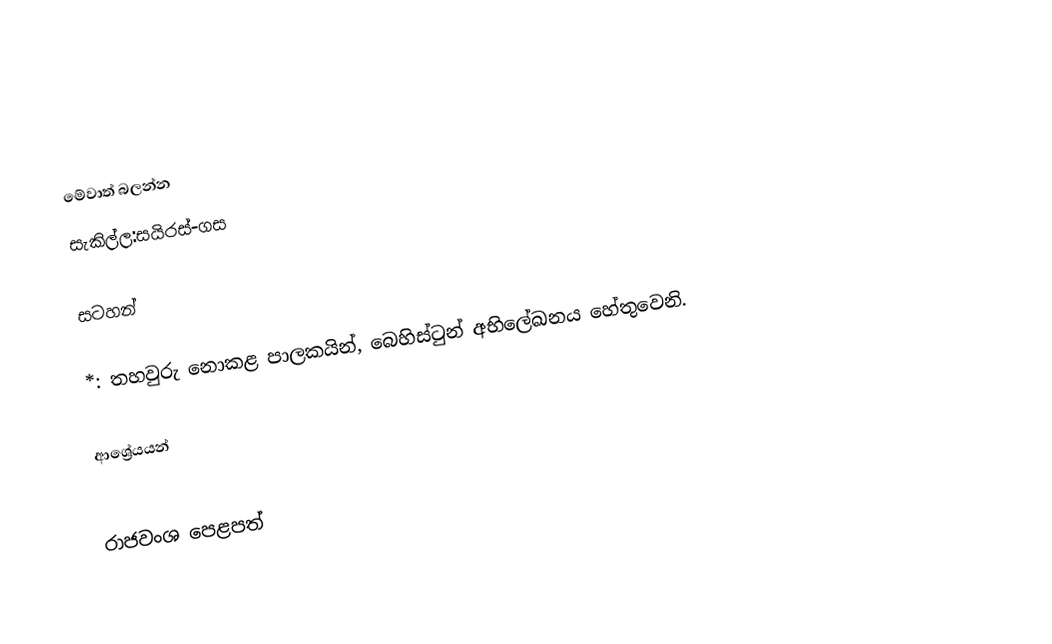

මේවාත් බලන්න
සැකිල්ල:සයිරස්-ගස

සටහන්

*: තහවුරු නොකළ පාලකයින්, බෙහිස්ටුන් අභිලේඛනය හේතුවෙනි.

ආශ්‍රේයයන්

රාජවංශ පෙළපත්